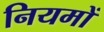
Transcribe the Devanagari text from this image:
नियमों